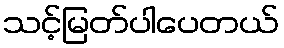
သင့်မြတ်ပါပေတယ်